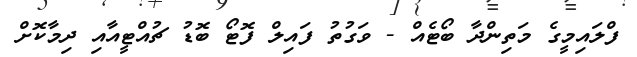
ފްލައިމީގެ މަތިންދާ ބޯޓެއް - ވަގުތު ފައިލް ފޮޓޯ ބޮޑު ޗުއްޓީއާއި ދިމާކޮށް